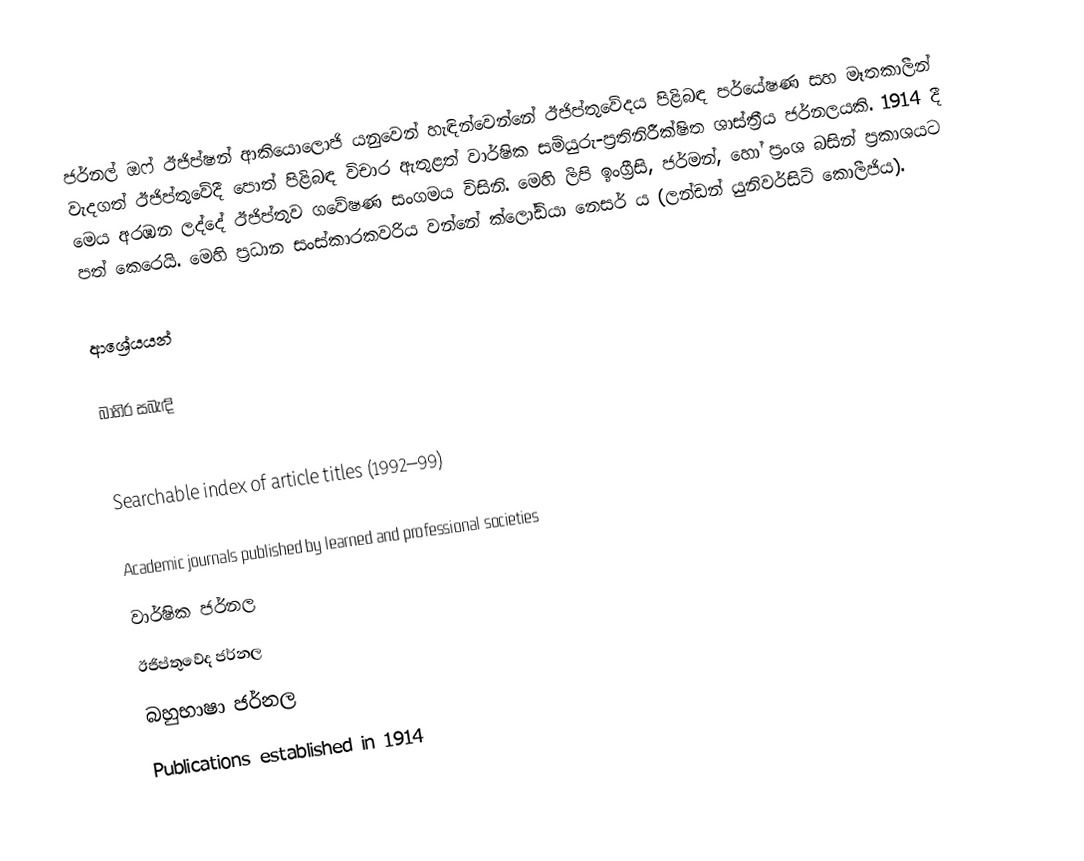
ජර්නල් ඔෆ් ඊජිප්ෂන් ආකියොලොජි යනුවෙන් හැඳින්වෙන්නේ ඊජිප්තුවේදය පිළිබඳ පර්යේෂණ සහ මෑතකාලීන් වැදගත් ඊජිප්තුවේදී පොත් පිළිබඳ විචාර ඇතුළත් වාර්ෂික සමියුරු-ප්‍රතිනිරීක්ෂිත ශාස්ත්‍රීය ජර්නලයකි. 1914 දී මෙය අරඹන ලද්දේ ඊජිප්තුව ගවේෂණ සංගමය විසිනි. මෙහි ලිපි ඉංග්‍රීසි, ජර්මන්, හෝ ප්‍රංශ බසින් ප්‍රකාශයට පත් කෙරෙයි. මෙහි  ප්‍රධාන සංස්කාරකවරිය වන්නේ ක්ලෝඩියා නෙසර් ය (ලන්ඩන් යුනිවර්සිටි කොලීජිය).

ආශ්‍රේයයන්

බාහිර සබැඳි

 Searchable index of article titles (1992–99)

Academic journals published by learned and professional societies
වාර්ෂික ජර්නල
ඊජිප්තුවේද ජර්නල
බහුභාෂා ජර්නල
Publications established in 1914